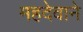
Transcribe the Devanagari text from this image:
महदेवाने